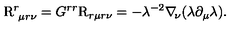
\mathrm { \boldmath { R } } _ { \ \mu r \nu } ^ { r } = G ^ { r r } \mathrm { \boldmath { R } } _ { r \mu r \nu } = - \lambda ^ { - 2 } \nabla _ { \! \nu } ( \lambda \partial _ { \mu } \lambda ) .